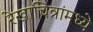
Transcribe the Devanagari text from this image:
रेखाचित्रांमध्ये